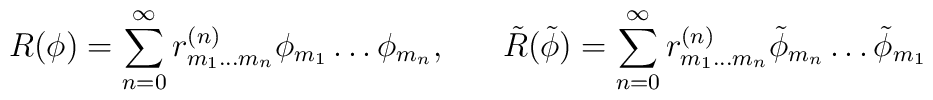
R(\phi) = \sum_{n=0}^{\infty} r^{(n)}_{m_{1} \ldots m_{n}} \phi_{m_{1}} \ldots \phi_{m_{n}}, \;\;\;\;\;\; \tilde{R}(\tilde{\phi}) = \sum_{n=0}^{\infty} r^{(n)}_{m_{1} \ldots m_{n}} \tilde{\phi}_{m_{n}} \ldots \tilde{\phi}_{m_{1}}